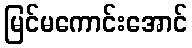
မြင်မကောင်းအောင်